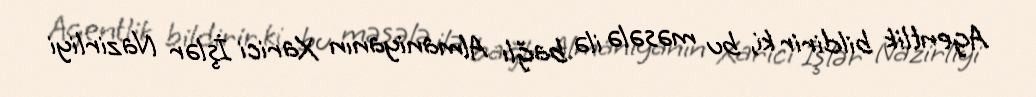
Agentlik bildirir ki, bu məsələ ilə bağlı Almaniyanın Xarici İşlər Nazirliyi